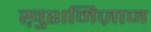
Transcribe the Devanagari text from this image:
ख़ुशमिज़ाज